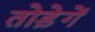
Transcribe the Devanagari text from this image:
तोड़ेगें